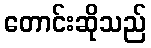
တောင်းဆိုသည်